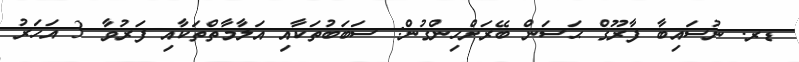
ޑރ. ނުސައިބާ ފާރޫޤް ޙަސަން ބޭރަށްހިންގުން: ސަބަބުތަކާއި އަލާމާތްތަކާއި ފަރުވާ 3 އަހަރު